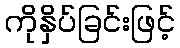
ကိုနှိပ်ခြင်းဖြင့်